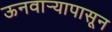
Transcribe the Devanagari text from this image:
ऊनवार्‍यापासून